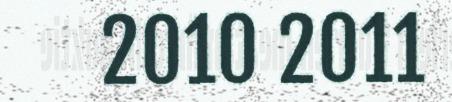
2010 2011